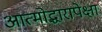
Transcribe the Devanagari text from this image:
आत्मोद्धारापेक्षा